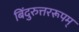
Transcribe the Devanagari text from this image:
बिंदुरुत्तररूपम्